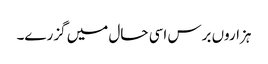
ہزاروں برس اسی حال میں گزرے۔